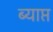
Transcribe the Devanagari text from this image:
ब्याप्त